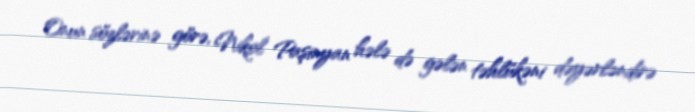
Onun sözlərinə görə, Nikol Paşinyan hələ də gələn təhlükəni dəyərləndirə